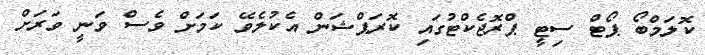
ކޮލަމްބޯ ޕޯޓް ސިޓީ ޕްރޮޖެކްޓުގައި ކޮރަޕްޝަން އެކުލެވޭ ކަމަށް ވެސް ވަނީ ވަރަށް